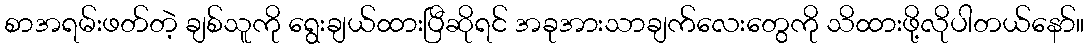
စာအရမ်းဖတ်တဲ့ ချစ်သူကို ရွေးချယ်ထားပြီဆိုရင် အခုအားသာချက်လေးတွေကို သိထားဖို့လိုပါတယ်နော်။